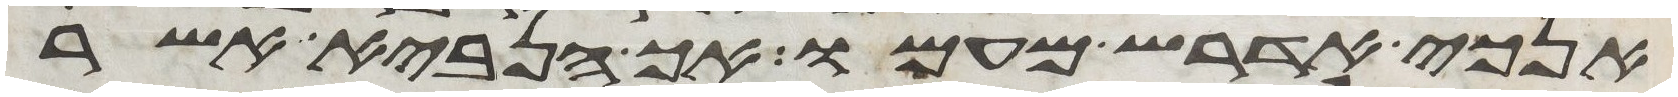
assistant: אנכי אדרש מעמו אך הנביא אשר